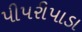
પીપરીપાડા